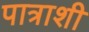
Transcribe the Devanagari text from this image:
पात्राशी